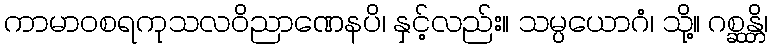
ကာမာဝစရကုသလဝိညာဏေနပိ၊ နှင့်လည်း။ သမ္ပယောဂံ၊ သို့။ ဂစ္ဆန္တိ၊